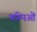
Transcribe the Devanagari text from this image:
चम्पिओं